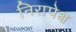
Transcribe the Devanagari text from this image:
निरापेक्ष